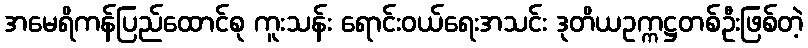
အမေရိကန်ပြည်ထောင်စု ကူးသန်း ရောင်းဝယ်ရေးအသင်း ဒုတိယဥက္ကဋ္ဌတစ်ဦးဖြစ်တဲ့